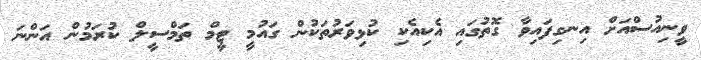
ވީނިއުސްއަށް އިނގިފައިވާ ގޮތުގައި އެކިއެކި ކުޅިވަރުތަކުން ގައުމީ ޓީމް ތަމްސީލް ކުރަމުން އަންނަ